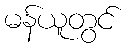
မန်ယူတွင်